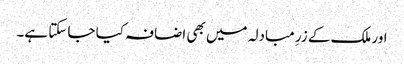
اور ملک کے زرِ مبادلہ میں بھی اضافہ کیا جا سکتا ہے۔